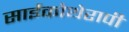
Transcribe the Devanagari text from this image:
साईकोथेरापी